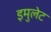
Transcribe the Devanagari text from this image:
इमुलेट